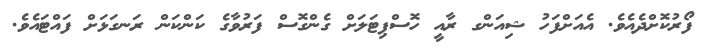
ފޯރުކޮށްދެއެވެ. އެއަށްފަހު ޝިއަންގ ރާއީ ހޮސްޕިޓަލަށް ގެންގޮސް ފަރުވާގެ ކަންކަން ރަނގަޅަށް ފައްޓައެވެ.